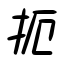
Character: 扼